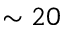
\sim 2 0